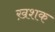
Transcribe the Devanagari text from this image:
ख़शक